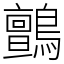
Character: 鸇